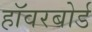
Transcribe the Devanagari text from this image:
हॉवरबोर्ड